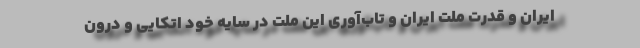
ایران و قدرت ملت ایران و تاب‌آوری این ملت در سایه خود اتکایی و درون